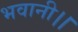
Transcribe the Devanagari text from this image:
भवानी।।